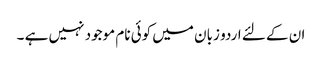
ان کے لئے اردو زبان میں کوئی نام موجود نہیں ہے ۔